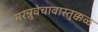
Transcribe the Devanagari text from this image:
मरन्नुवेचावास्तुक्कळ